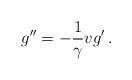
LaTeX: \begin{align*}g''=-\frac1{\gamma} vg'\,.\end{align*}